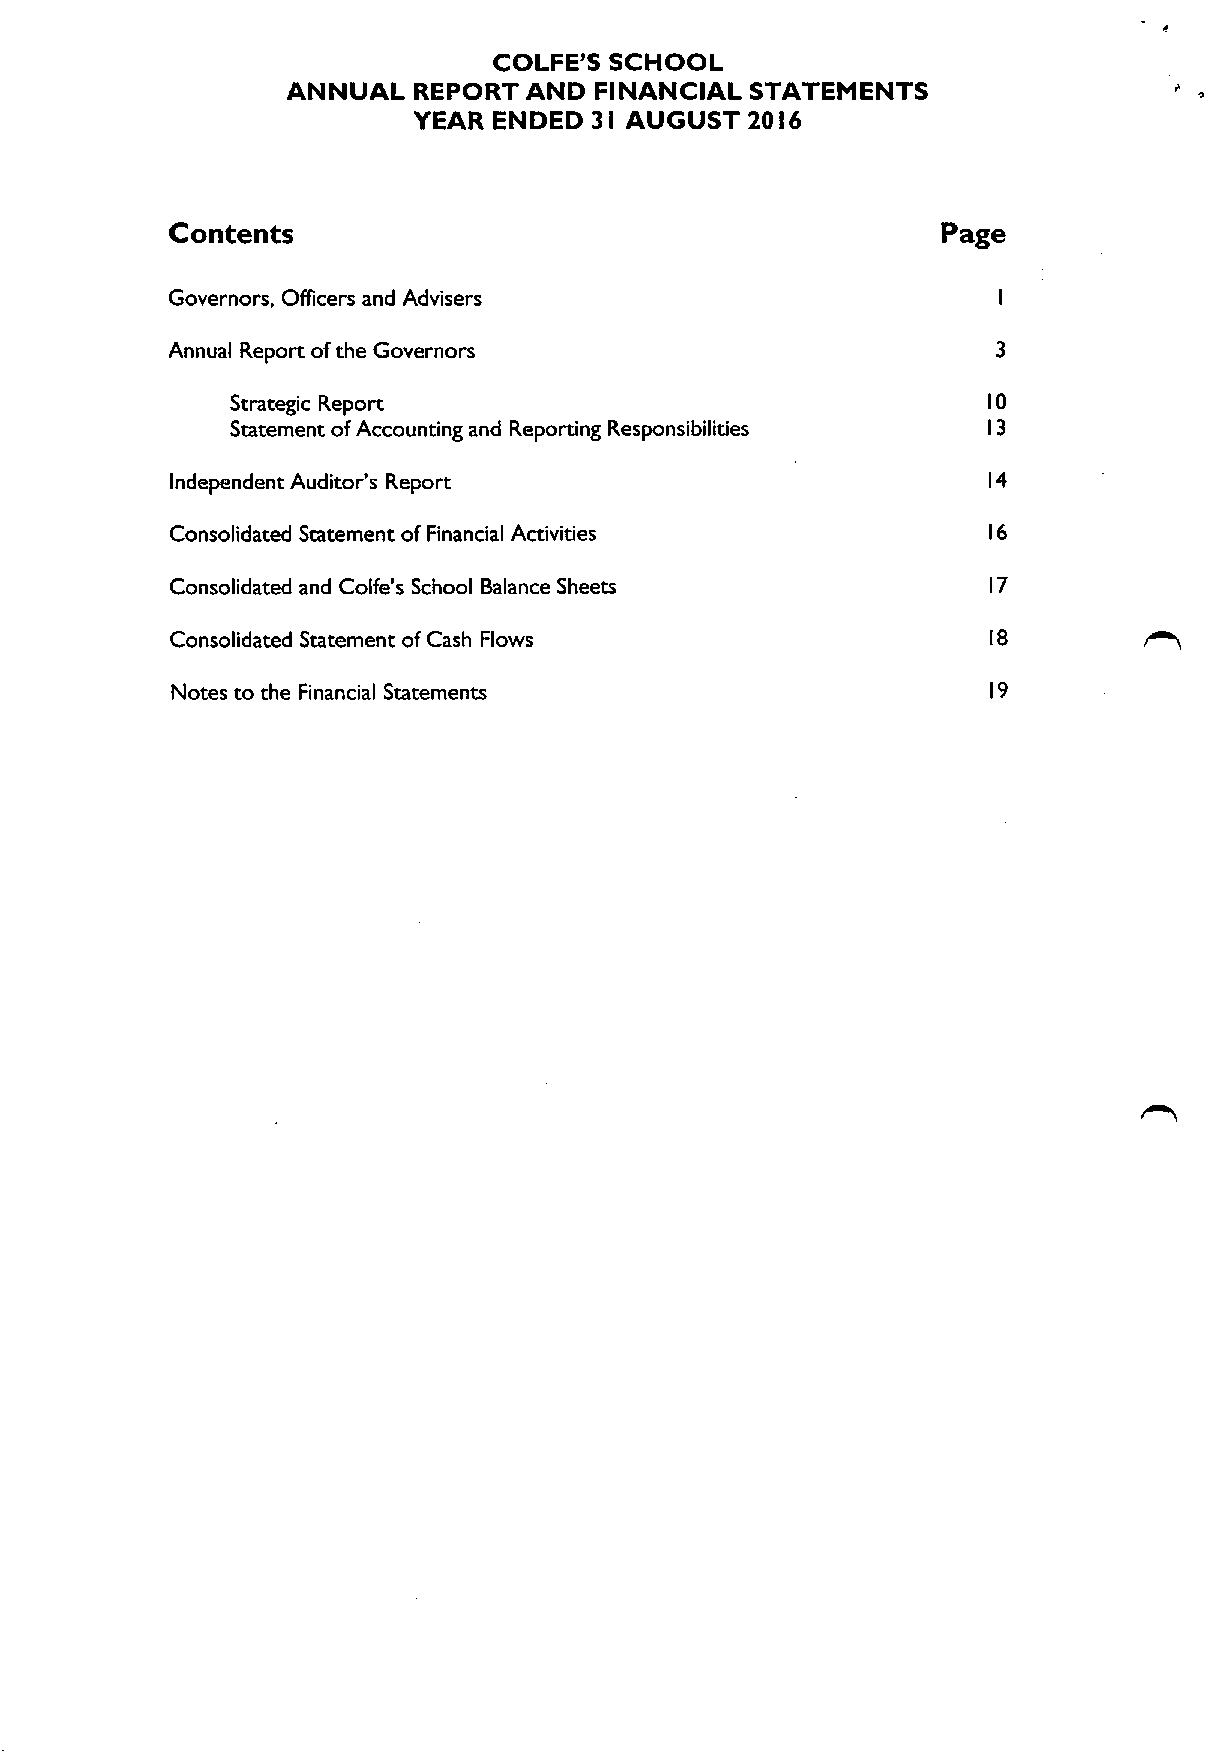
COLFE'S SCHOOL
 ANNUAL  REPORT  AND FINANCIAL  STATEMENTS
 YEAR  ENDED 3I AUGUST 20I6
 Contents                                           Page
 Governors, Officers and Advisers
 Annual Report ofthe Governors
 Strategic Report                                  l0
 Statement ofAccounting and Reporting Responsibilities l3
 Independent Auditor's Report                          l4
 Consolidated Statement ofFinancial Activities         l6
 Consolidated and Colfe's School Balance Sheets        l7
 Consolidated Statement ofCash Flows                   l8
 Notes to the Financial Statements                     l9